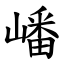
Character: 嶓